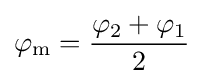
\varphi _{\text{m}}={\frac {\varphi _{2}+\varphi _{1}}{2}}